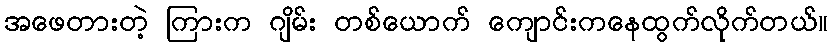
အဖေတားတဲ့ ကြားက ဂျိမ်း တစ်ယောက် ကျောင်းကနေထွက်လိုက်တယ်။